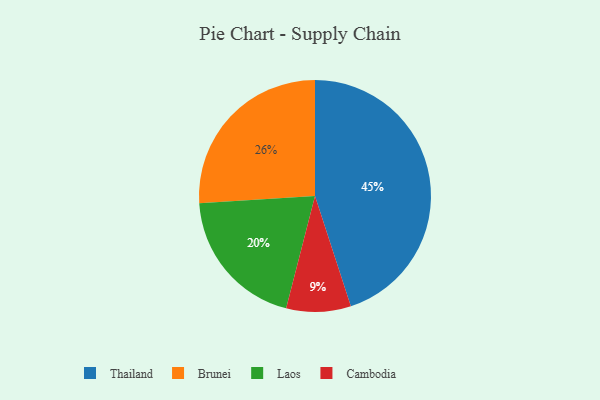
{"axis": {"x": "Category", "y": "Percentage"}, "legend": ["Brunei", "Cambodia", "Laos", "Thailand"], "data": [{"x": "Thailand", "y": 45, "type": "Thailand"}, {"x": "Brunei", "y": 26, "type": "Brunei"}, {"x": "Laos", "y": 20, "type": "Laos"}, {"x": "Cambodia", "y": 9, "type": "Cambodia"}]}